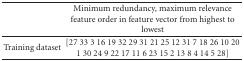
<table><thead><tr><td>[EMPTY_CELL]</td><td><b>Minimum redundancy, maximum relevance feature order in feature vector from highest to lowest</b></td></tr></thead><tbody><tr><td> Training dataset</td><td> [27 33 3 16 19 32 29 31 21 25 12 31 7 18 26 10 20 1 30 24 9 22 17 11 6 23 15 2 13 8 4 14 5 28]</td></tr></tbody></table>